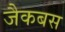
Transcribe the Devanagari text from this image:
जैकबस